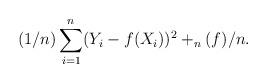
LaTeX: \begin{align*} (1/n)\sum_{i=1}^n(Y_i-f(X_i))^2 + _n(f)/n.\end{align*}